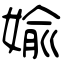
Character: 婾